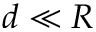
d \ll R